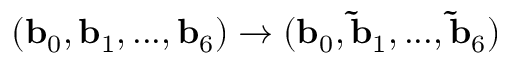
( \mathbf { b } _ { 0 } , \mathbf { b } _ { 1 } , . . . , \mathbf { b } _ { 6 } ) \to ( \mathbf { b } _ { 0 } , \mathbf { \tilde { b } } _ { 1 } , . . . , \mathbf { \tilde { b } } _ { 6 } )